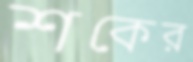
শকের